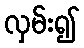
လှမ်း၍